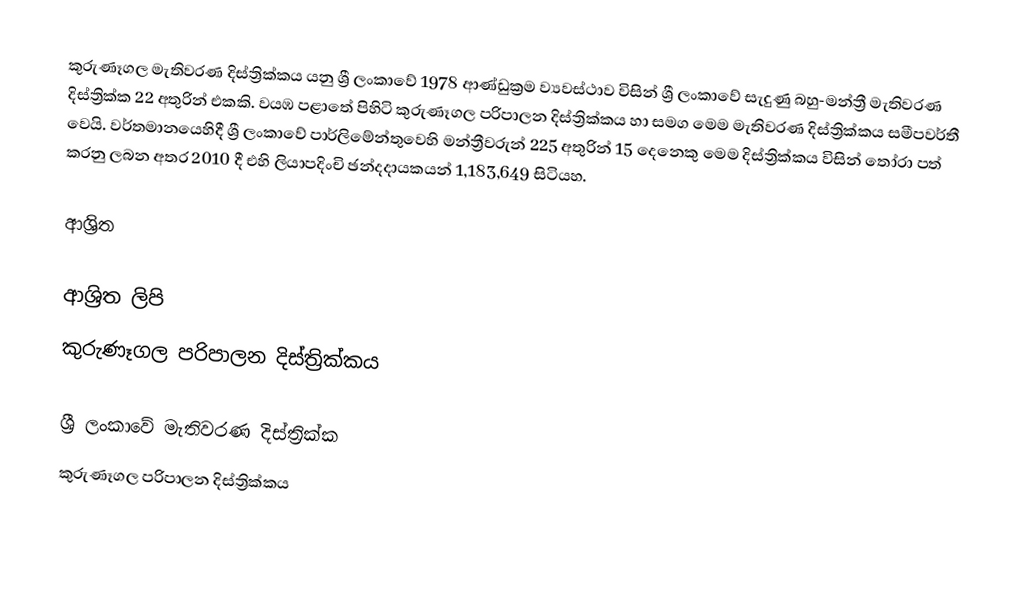
කුරුණෑගල මැතිවරණ දිස්ත්‍රික්කය යනු ශ්‍රී ලංකාවේ 1978 ආණ්ඩුක්‍රම ව්‍යවස්ථාව විසින් ශ්‍රී ලංකාවේ සැදුණු  බහු-මන්ත්‍රී මැතිවරණ දිස්ත්‍රික්ක 22 අතුරින් එකකි. වයඹ පළාතේ පිහිටි  කුරුණෑගල පරිපාලන දිස්ත්‍රික්කය හා සමග මෙම මැතිවරණ දිස්ත්‍රික්කය සමීපවර්තී වෙයි. වර්තමානයෙහිදී  ශ්‍රී ලංකාවේ පාර්ලිමේන්තුවෙහි මන්ත්‍රීවරුන් 225 අතුරින් 15 දෙනෙකු මෙම දිස්ත්‍රික්කය විසින් තෝරා පත් කරනු ලබන අතර 2010 දී එහි ලියාපදිංචි ඡන්දදායකයන් 1,183,649 සිටියහ.

ආශ්‍රිත

ආශ්‍රිත ලිපි
 කුරුණෑගල පරිපාලන දිස්ත්‍රික්කය

ශ්‍රී ලංකාවේ මැතිවරණ දිස්ත්‍රික්ක
කුරුණෑගල පරිපාලන දිස්ත්‍රික්කය